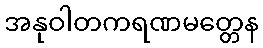
အနုဝါတကရဏမတ္တေန